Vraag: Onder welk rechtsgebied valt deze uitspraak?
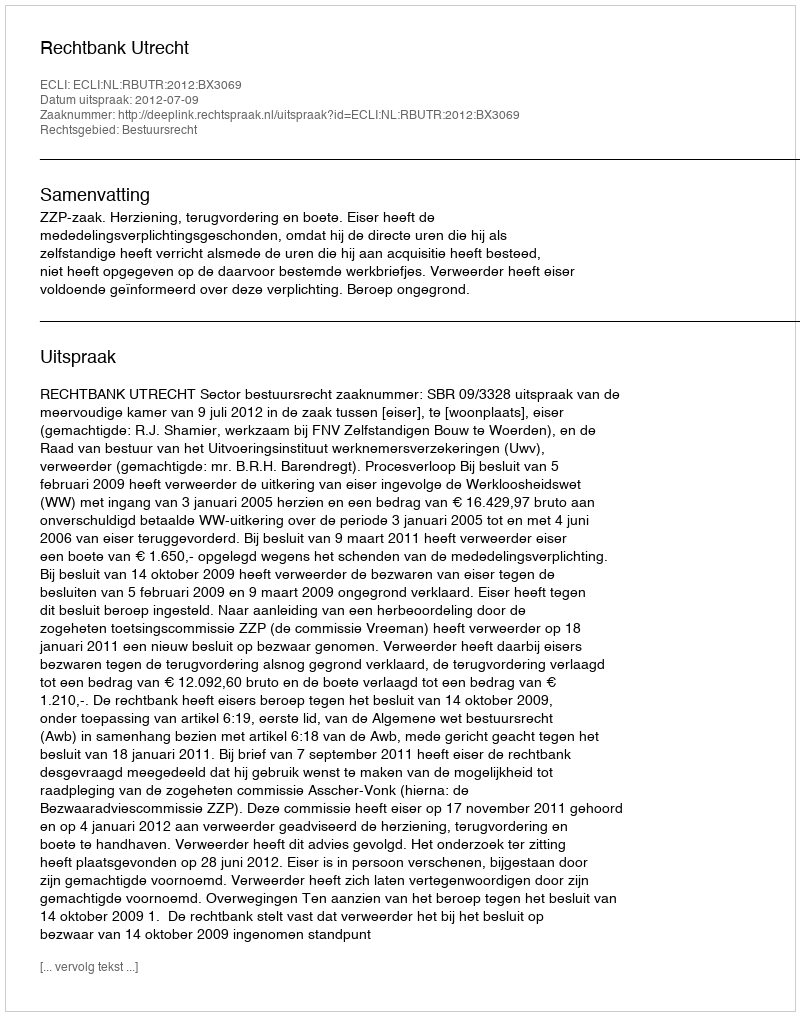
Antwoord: Bestuursrecht